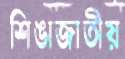
শিঙাজাতীয়